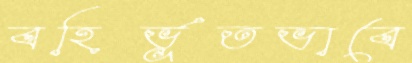
বহির্ভূতভাবে